King Institute of Preventive Medicine Micro-Biological Section reports 1909-11
Year: 1909
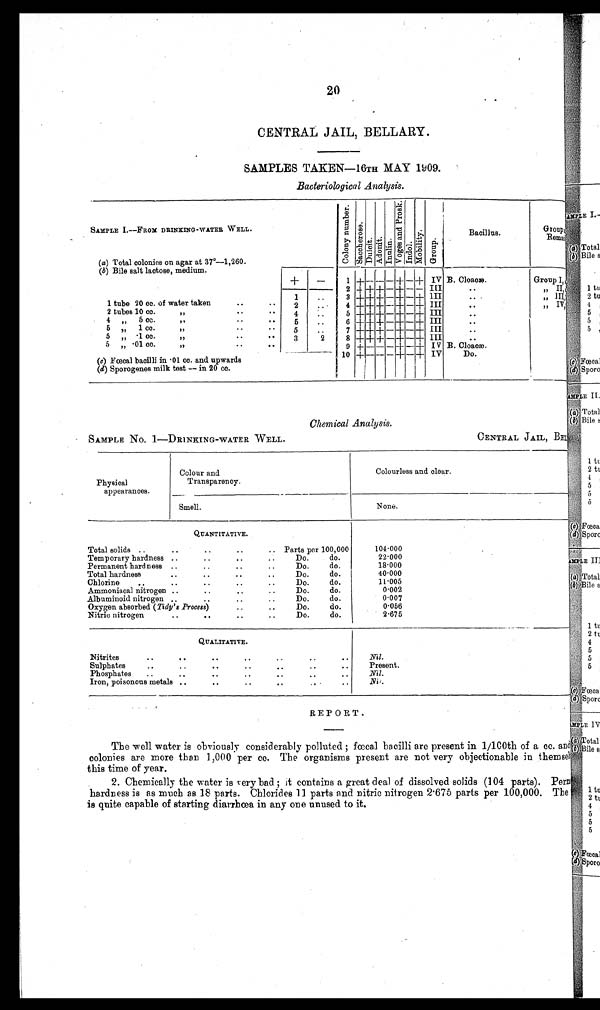
20
CENTRAL JAIL, BELLARY.
SAMPLES TAKEN—16TH MAY 1909.
Bacteriological Analysis.
SAMPLE I.—FROM DRINKING-WATER WELL.
C o l o n y n u m b e r .
S a c c h e r o s e .
D u l c i t . A d o n i t . I n u l i n .
V o g e s a n d P r o s k .
Indol.
M o b i l i t y .
G r o u p .
Bacillus.
Group and
Remarks.
( a) Total colonies on agar at 37°—1,260.
(b) Bile salt lactose, medium.
+
—
1 +
— — —
+ — + IV B. Cloacæ.
Group I,
2 + + +
—
+
— —
I I I
. .
„ II,
1
..
3 + + +
—
+
—
+ III
. .
„ III,
1 tube 20 cc. of water taken
.. ..
2
. . 4 + + +
—
+
—
+ III
. .
„ IV,
2 tubes 10 cc. " .. .
4
..
5 + + +
—
+
—
+ III
..
4 " 5 cc. "
.. 5
..
6 + + +
—
+
—
+ III ..
5 „ 1 cc. "
. .
5 ..
7 + + +
—
+
—
+ III
..
5 " .1 cc. "
..
. .
3
2
8 +
+ +
—
+
—
+ III
. .
5 „ .01 cc. "
..
9 +
— —
— +
—
+ IV B. Cloacæ.
(c) Fœcal bacilli in .01 cc. and upwards
10 +
— — —
+
—
+ IV
Do.
(d) Sporogenes milk test — in 20 cc.
Chemical Analysis.
SAMPLE NO. 1—DRINKING-WATER WELL.
CENTRAL JAIL, BELL
Physical
appearances.
Colour and
Transparency.
Colourless and clear.
Smell.
None.
QUANTITATIVE.
Total solids ..
..
. ,
..
..
Parts per 100,000
104.000
Temporary hardness ..
..
..
Do.
do.
22.000
Permanent hardness ..
..
..
Do.
do.
18.000
Total hardness
..
..
Do.
do.
40.000
Chlorine
..
..
..
Do.
do.
11.005
Ammoniacal nitrogen ....
..
..
Do.
do.
0.002
Albuminoid nitrogen ..
..
• .
..
Do.
do.
0.007
Oxygen absorbed ( Tidy's Process)..
Do.
do.
0.056
Nitric nitrogen
• .
..
Do.
do.
2.675
QUALITATIVE.
Nitrites
..
.. .. ..
..
..
..
Nil.
Sulphates
..
....
..
Present.
..
Phosphates ..
..
• .
..
.. ..
Nil.
Iron, poisonous metals ..
• .
..
.. .
N i l .
REPORT.
The well water is obviously considerably polluted ; fœcal bacilli are present in 1/100th of a cc. and
colonies are more than 1,000 per cc. The organisms present are not very objectionable in themsel
this time of year.
2. Chemically the water is very bad ; it contains a great deal of dissolved solids (104 parts). Perm
hardness is as much as 18 parts. Chlorides 11 parts and nitric nitrogen 2.675 parts per 100,000. The
is quite capable of starting diarrhœa in any one unused to it.